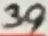
Text: 39